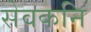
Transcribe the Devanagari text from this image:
सेवकनि